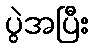
ပွဲအပြီး